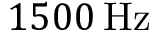
1 5 0 0 \, \mathrm { { H z } }